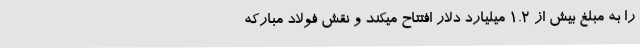
را به مبلغ بیش از 1.2 میلیارد دلار افتتاح میکند و نقش فولاد مبارکه